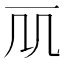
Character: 𠘲